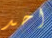
احد